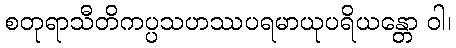
စတုရာသီတိကပ္ပသဟဿပရမာယုပရိယန္တော ဝါ၊